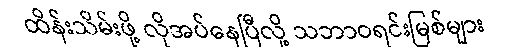
ထိန်းသိမ်းဖို့ လိုအပ်နေပြီလို့ သဘာဝရင်းမြစ်များ